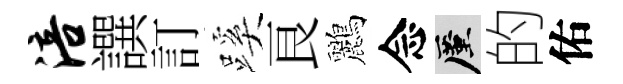
涪譔訂蹊良鸝念厪的佑